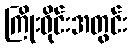
ကြိုးဝိုင်းအတွင်း